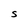
Character: S